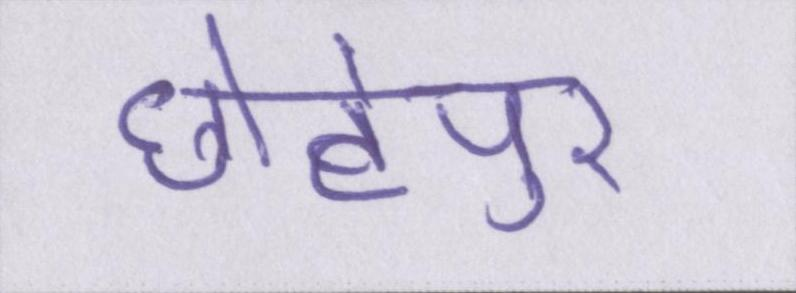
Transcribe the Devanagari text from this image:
छोटेपुर